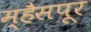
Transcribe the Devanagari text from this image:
म्हैसपूर